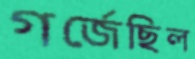
গর্জেছিল